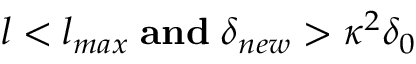
l < l _ { m a x } \; \mathbf { a n d } \; \delta _ { n e w } > \kappa ^ { 2 } \delta _ { 0 }